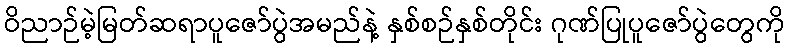
ဝိညာဉ်မဲ့မြတ်ဆရာပူဇော်ပွဲအမည်နဲ့ နှစ်စဉ်နှစ်တိုင်း ဂုဏ်ပြုပူဇော်ပွဲတွေကို